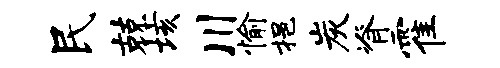
民兢垓川愉挹炭脊霍